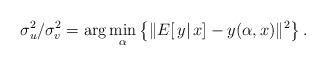
LaTeX: \begin{align*}\sigma_u^2/\sigma_v^2=\arg\min_{\alpha}\left\{\|E[\, y|\,x]-y(\alpha,x)\|^2\right\}.\end{align*}